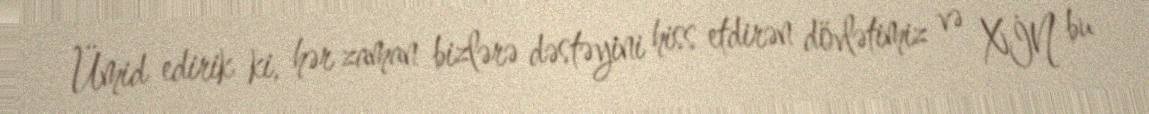
Ümid edirik ki, hər zaman bizlərə dəstəyini hiss etdirən dövlətimiz və XİN bu